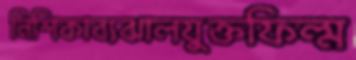
নিশিকাব্যঝালযুক্তফিল্ম